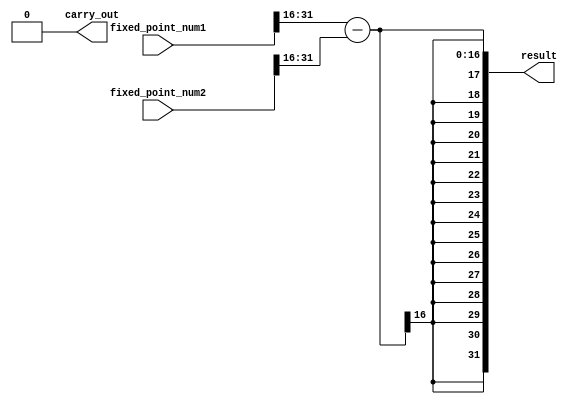
module fixed_point_subtractor (
    input [31:0] fixed_point_num1,
    input [31:0] fixed_point_num2,
    output reg [31:0] result,
    output reg carry_out
);

reg [31:0] int_num1;
reg [31:0] int_num2;

always @ (fixed_point_num1, fixed_point_num2) begin
    int_num1 = fixed_point_num1 >> 16; //Convert fixed-point to integer format
    int_num2 = fixed_point_num2 >> 16; //Convert fixed-point to integer format
end

always @ (int_num1, int_num2) begin
    result = int_num1 - int_num2; //Subtract two integers
    carry_out = result[32] ? 1'b1 : 1'b0; //Check for overflow condition
end

endmodule